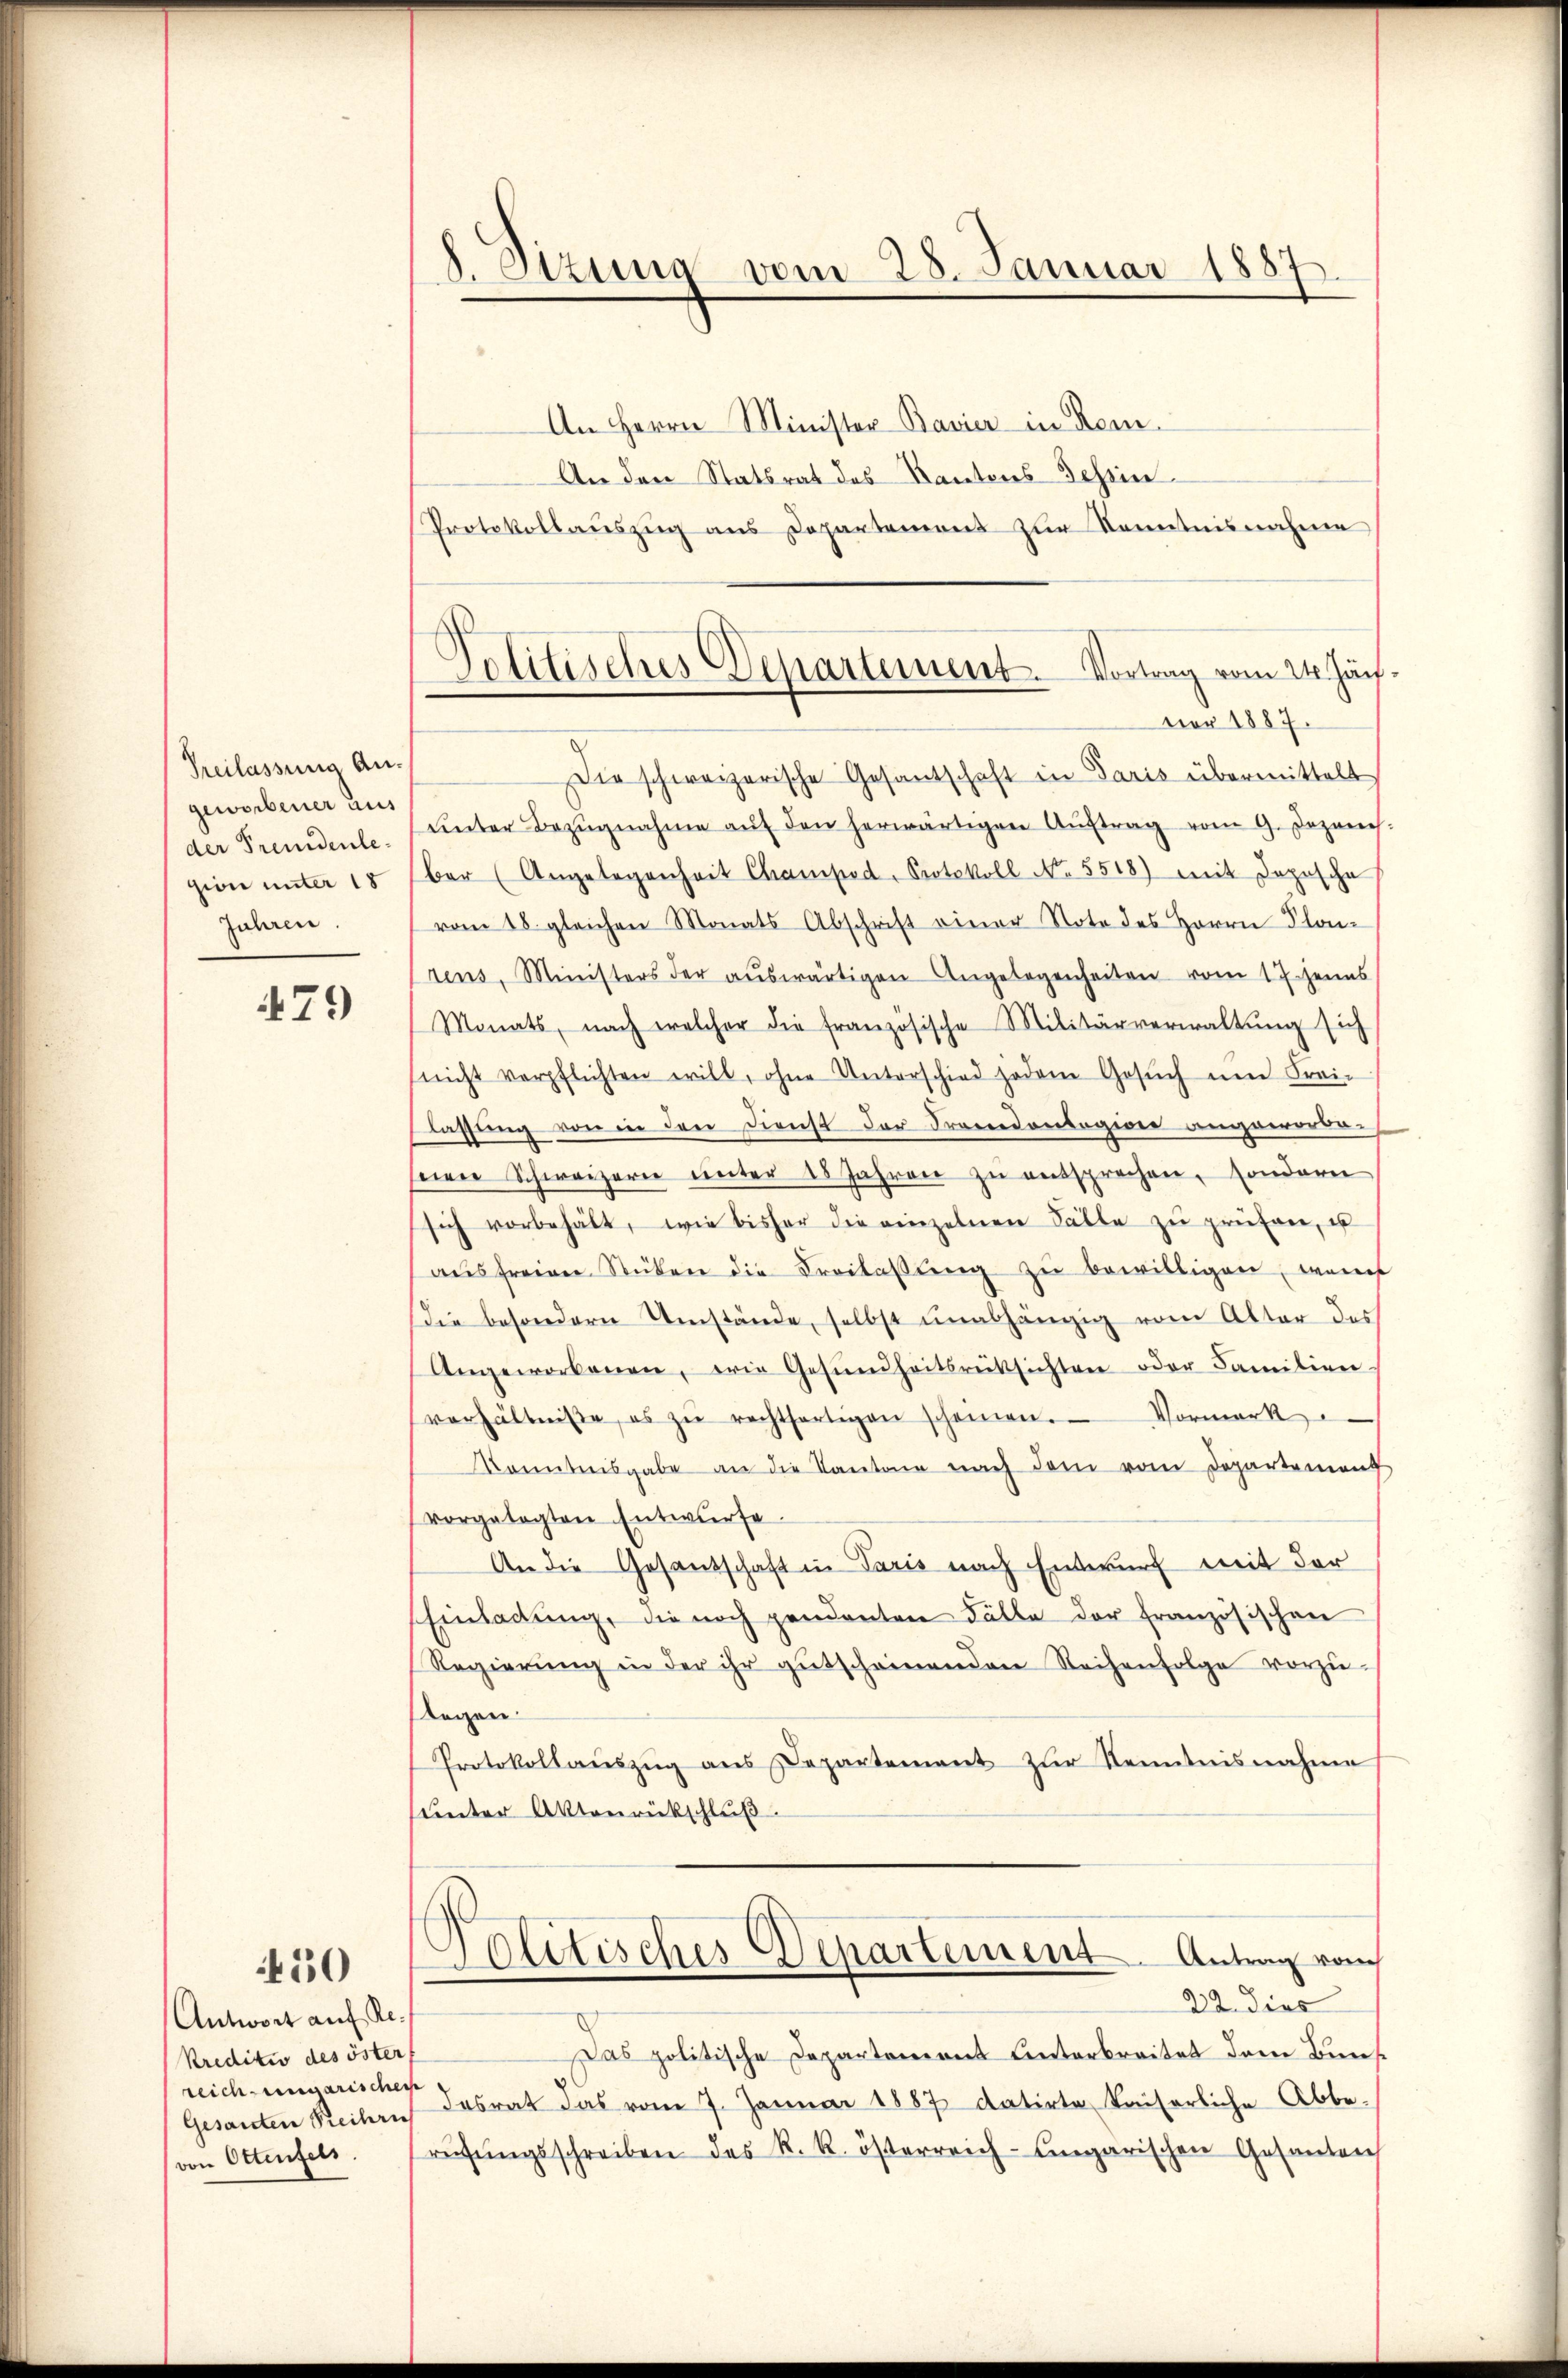
Heilassung Angeworbener aus
der Fremdenle
gion unter 18
Jahren.

479

50

An Herrn Minister Bavier in Kem¬
An den Statsrat des Kantons Tessin
Protokollauszug aus Departement zur Kenntnisnahme
Die schweizerische Gesantschaft in Paris übermittelt
ŭnter Bezŭgnahme aŭf den herwärtigen Aŭftrag vom 9. Dezeich.
ber (Angelegenheit Champod, Protokoll No. 5518) mit Depesche
vom 18. gleichen Monats Abschrift einer Note des Herrn Plarens, Ministers der aŭswärtigen Angelegenheiten vom 17. Jenes
Monats, nach welcher die französische Militärverwaltung sich
nicht verpflichten will, ohne Unterschied jedem Gesŭch ŭm Frei-
Fassung von in den Dienst der Procedontagion angeworden
seere Schweizern unter 18 Jahren zu entsprechen, sondern
sich vorbehält, wie bisher die einzelnen Fälle zŭ prüfen, u
aŭsfreien Stücken die Freilassŭng zŭ bewilligen, wen
ie besondern Umstände, selbst unabhängig vom Alter des
Angeworbenen, wie Gesŭndheitsrücksichten oder Familien-
verhältniße, es zŭ rechtfertigen scheinen. Vormerk
Konntnisgabe an die Kantone nach dem vom Departement
vorgelegten Entwurfe.
An die Gesandschaft in Paris nach Entwurf mit der
Einladŭng, die noch pendanten Fälle der französischen
Regierŭng in der ihr gŭtscheinenden Reihenfolge vorzu¬
Regen.
Protokollauszug aus Departement zur Kenntnisnahme
unter Aktenrückschluß.
.
Elitisches Departement. Antrag vom
22. dies
Das politische Departement Unterbreitet dem Bunfdesrat das vom 7. Januar 1887 datirte kaiserliche Abbe-
rŭhŭngsschreiben des R. k. österreich-ungarischen Gesanten

Antwort auf Re¬
Kreditio des öster
reich ungarischen
Gesanten Reihri
von Ottenfels.

8. Stzung vom 28. Januar 1887

Politisches Departement. Vortrag vom 24. Jän.
vor 1887.